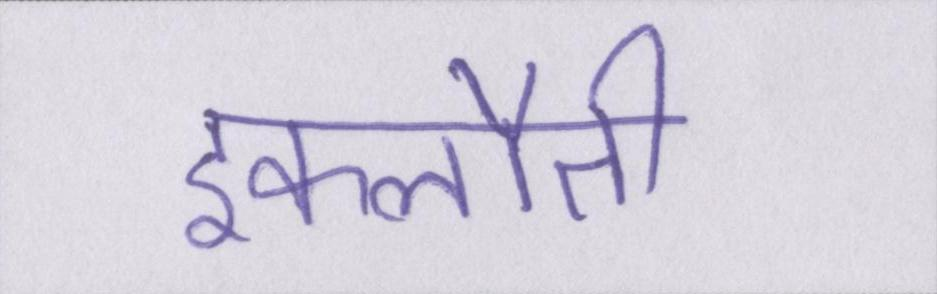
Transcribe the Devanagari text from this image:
इकलौती